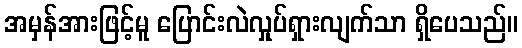
အမှန်အားဖြင့်မူ ပြောင်းလဲလှုပ်ရှားလျက်သာ ရှိပေသည်။